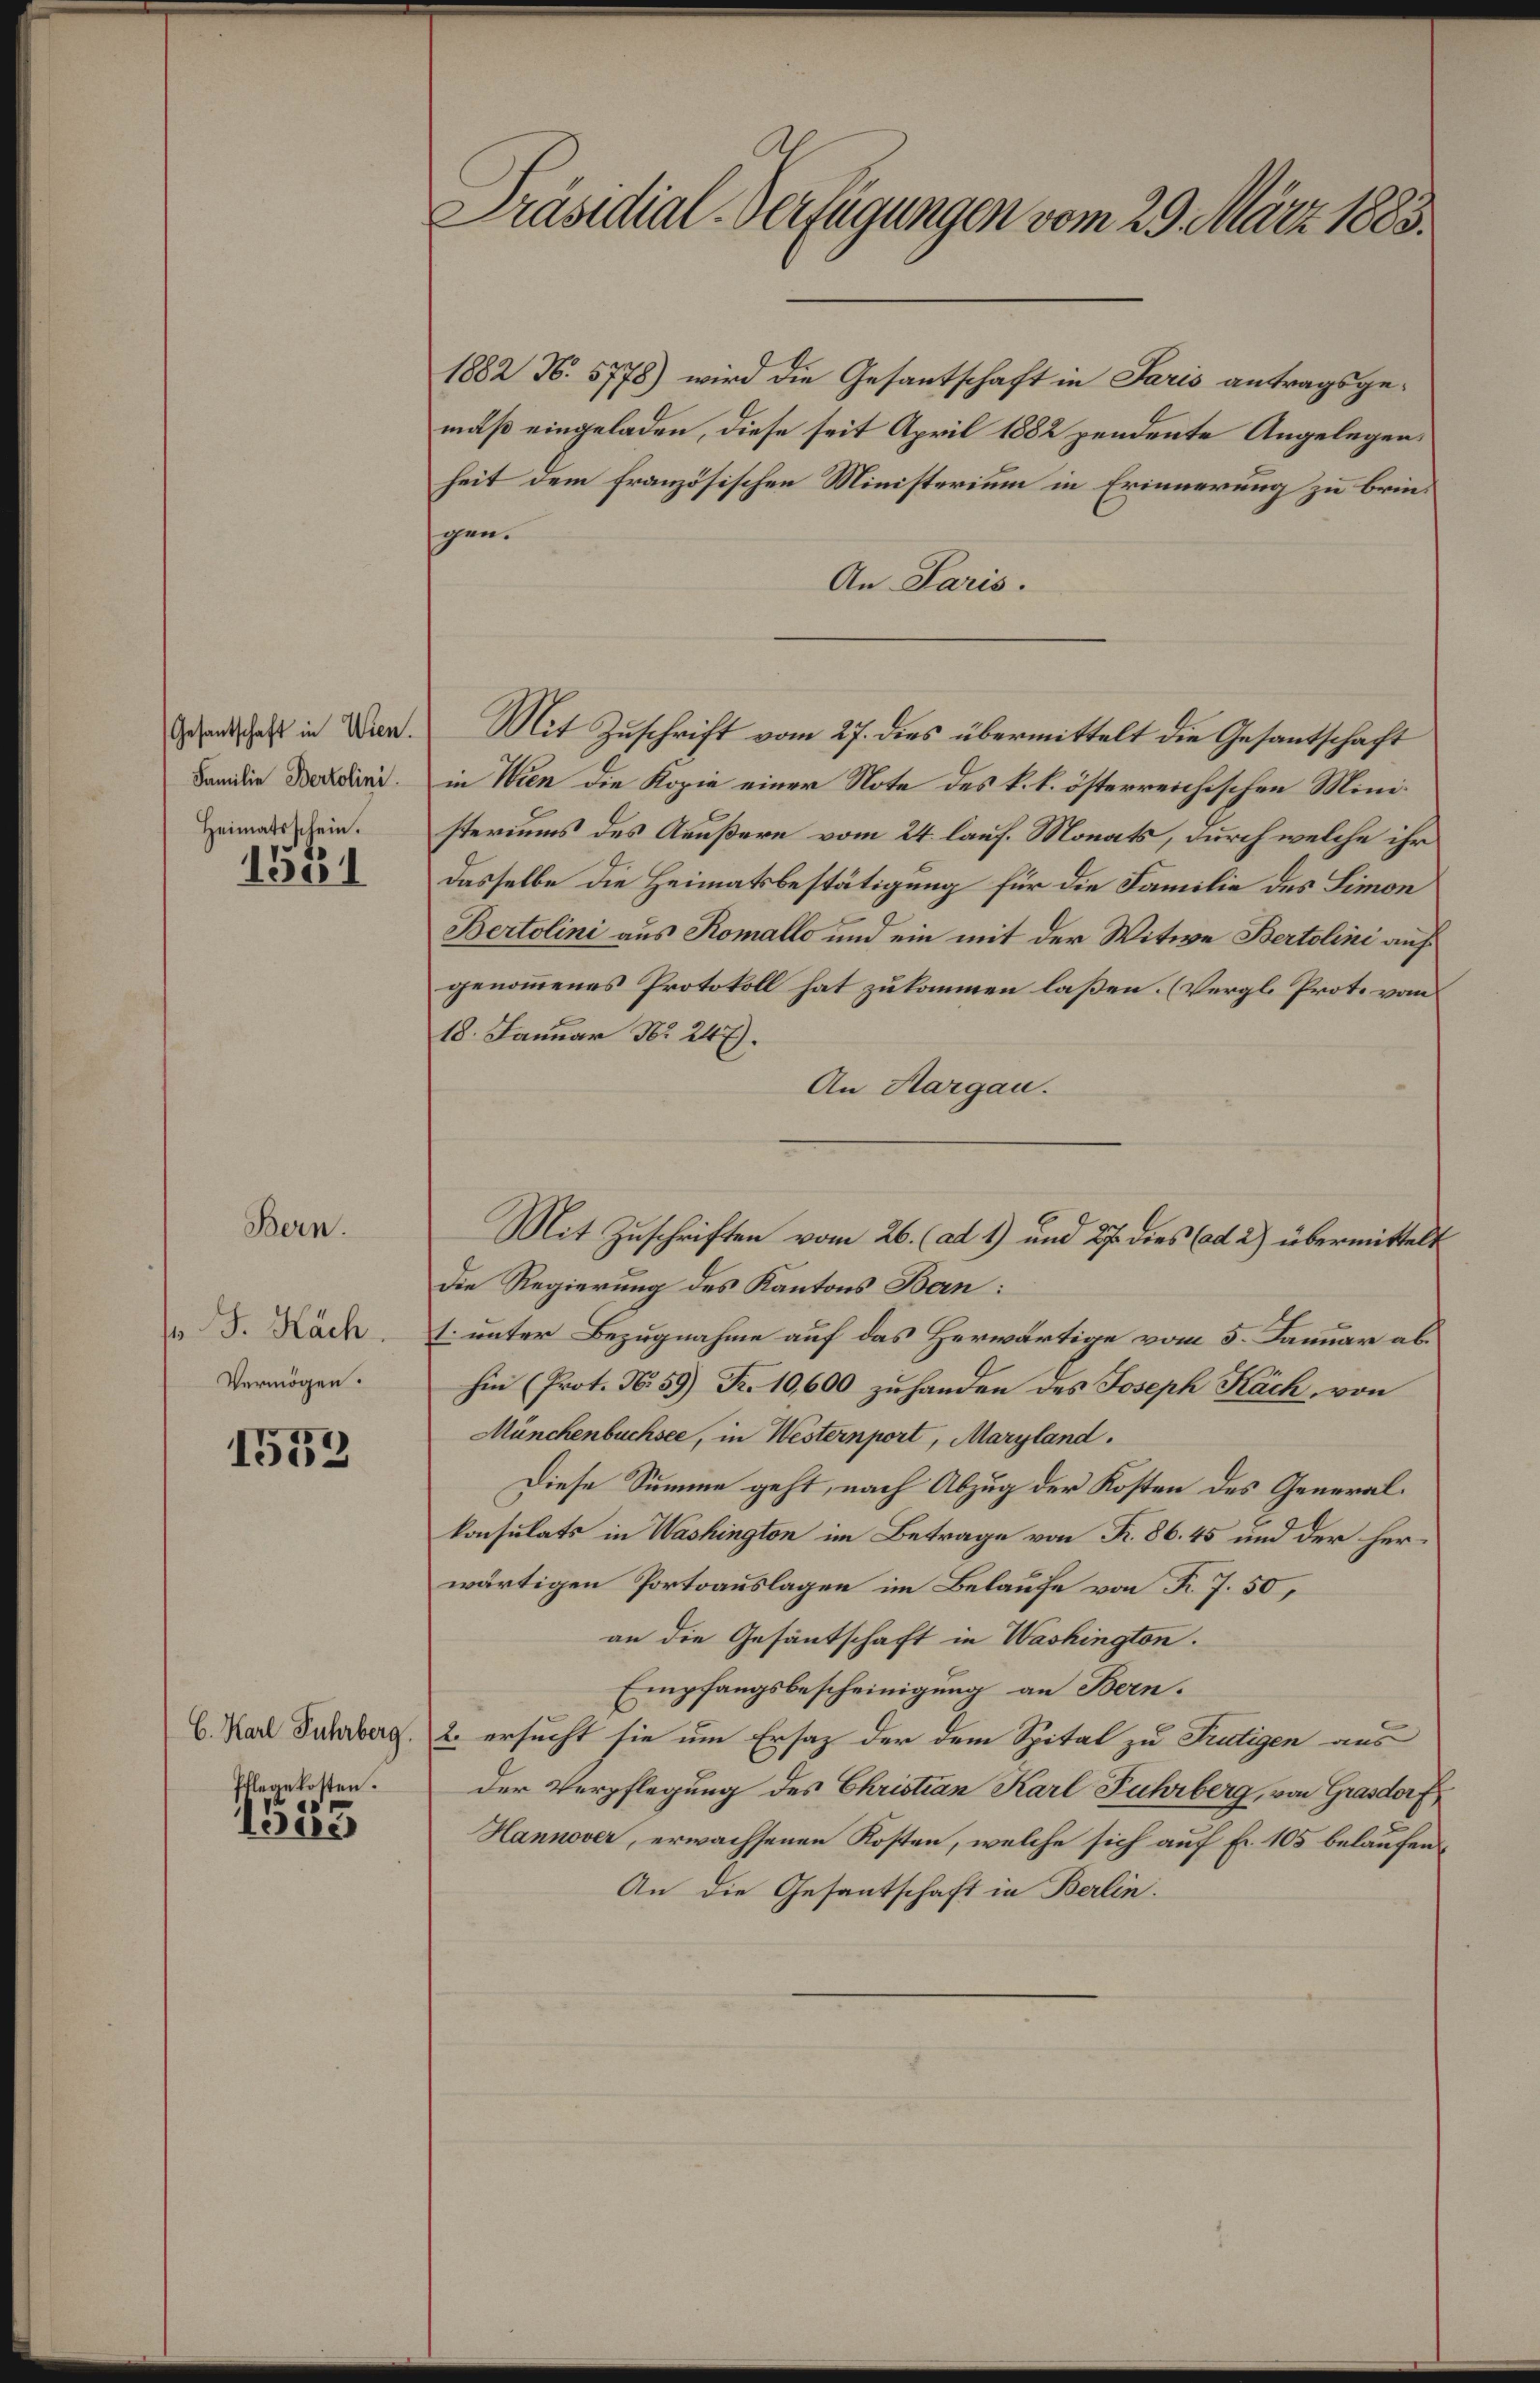
Gesantschaft in Wien.
Familie Bertolini
Heimatsschein.

1531

Bern.

o. F. Käch.
Vermögen.

1552

C. Karl Fuhrberg.
Pflegekosten.

r
1500

Präsidial-Verfügungen vom 29. März 1883.

1882 N. 5778) wird die Gesantschaft in Paris antragsgemäß eingeladen, diese seit April 1882 pendente Angelegens
heit dem französischen Ministerium in Erinnerung zu bringen.
An Paris.
Mit Zuschrift vom 27. dies übermittelt die Gesantschaft
in Wien die Kopie einer Note des k. k. österreichischen Ministeriums des Aeußern vom 24. lauf. Monats, durch welche ihr
dasselbe die Heimatsbestätigung für die Familie des Limon
Bertolini aus Komallo und ein mit der Witwe Bertolini auf
genommenes Protokoll hat zukommen laßen. (Vergl. Prot. vom
18. Januar Nr. 247.
An Aargau.
Mit Zuschriften vom 26. (ad 1) und 27. dies (ad 2) übermittelt
Die Regierung des Kantons Ban:
1. unter Bezugnahme auf das Herwärtige vom 5. Januar abhin (Prot. N. 59) R. 10,600 zuhanden des Joseph Käch, von
Münchenbuchsee, in Westernport, Maryland.
Diese Summe geht, nach Abzug der Kosten des Generalkonsulats in Washington im Betrage von R. 86. 45 und der herwärtigen Portoauslagen im Belaufe von F. J. 50,
an die Gesantschaft in Washington.
Empfangsbescheinigung an Bern.
2. ersucht sie um Ersatz der dem Spital zu Frutigen aus
Der Verpflegung des Christian Karl Fuhrberg, von Grasdorf
Hannover, erwachsenen Kosten, welche sich auf Fr. 105 belaufen
An die Gesantschaft in Berlin.